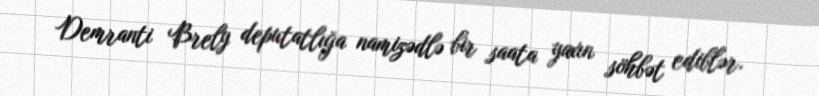
Demranti Brely deputatlığa namizədlə bir saata yaxın söhbət ediblər.